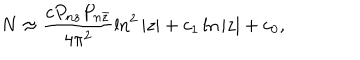
LaTeX: N \approx \frac { c P _ { n z } P _ { n \bar { z } } } { 4 \pi ^ { 2 } } \ln ^ { 2 } | z | + c _ { 1 } \ln | z | + c _ { 0 } ,